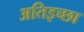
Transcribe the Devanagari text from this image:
अतिइच्छा